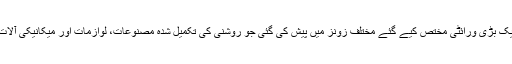
مصنوعات کی ایک بڑی ورائٹی مختص کیے گئے مختلف زونز میں پیش کی گئی جو روشنی کی تکمیل شدہ مصنوعات، لوازمات اور میکانیکی آلات پر مشتمل رہی۔